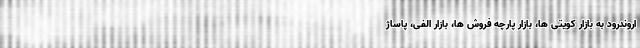
اروندرود به بازار کویتی ها، بازار پارچه فروش ها، بازار الفی، پاساژ